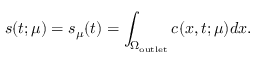
s ( t ; \mu ) = s _ { \mu } ( t ) = \int _ { \Omega _ { \mathrm { o u t l e t } } } c ( x , t ; \mu ) d x .